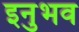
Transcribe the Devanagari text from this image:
इनुभव